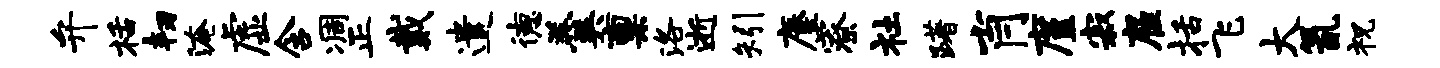
弁栝韧淹虚含凋正戴遣德羹禀洛逝矧麈寮社躇肖廑寂雇括飞大氤祝